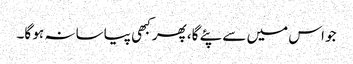
جو اس میں سے پئے گا، پھر کبھی پیاسا نہ ہو گا۔